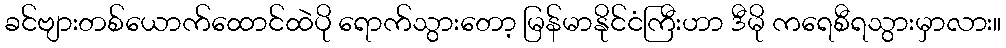
ခင်ဗျားတစ်ယောက်ထောင်ထဲပို ရောက်သွားတော့ မြန်မာနိုင်ငံကြီးဟာ ဒီမို ကရေစီရသွားမှာလား။